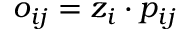
o _ { i j } = z _ { i } \cdot p _ { i j }